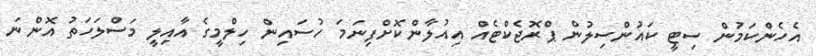
އެހެންކަމުން ސިޓީ ކައުންސިލުން ޕްރޮޖެކްޓެއް އިއުލާންކޮށްފިނަމަ ހުސައިން ހިލްމީގެ އާއިލީ މަސްލަހަތު އޮންނަ